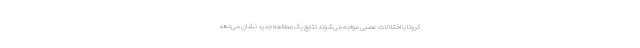
کرونا با اختلالات عصبی مواجه می‌شوند نتایج یک مطالعه جدید نشان می‌دهد